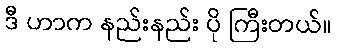
ဒီ ဟာက နည်းနည်း ပို ကြီးတယ်။